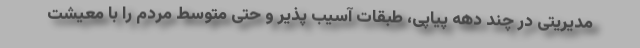
مدیریتی در چند دهه پیاپی، طبقات آسیب پذیر و حتی متوسط مردم را با معیشت